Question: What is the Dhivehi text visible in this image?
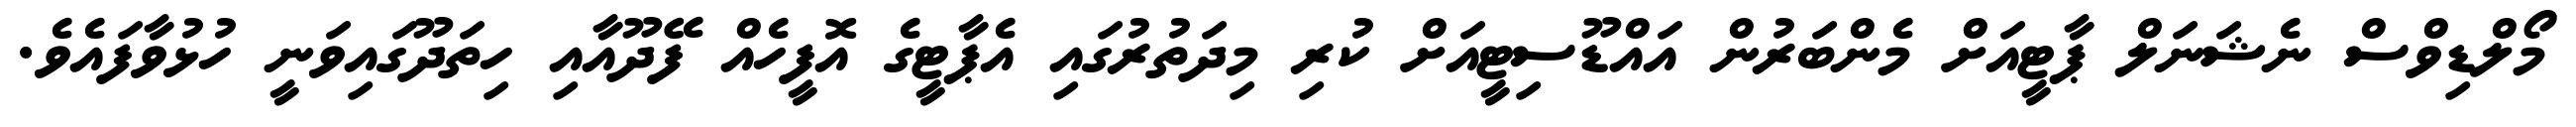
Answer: މޯލްޑިވްސް ނެޝަނަލް ޕާޓީއަށް މެންބަރުން އައްޑޫސިޓީއަށް ކުރި މިދަތުރުގައި އެޕާޓީގެ އޮފީހެއް ފޭދޫއާއި ހިތަދޫގައިވަނީ ހުޅުވާފައެވެ.